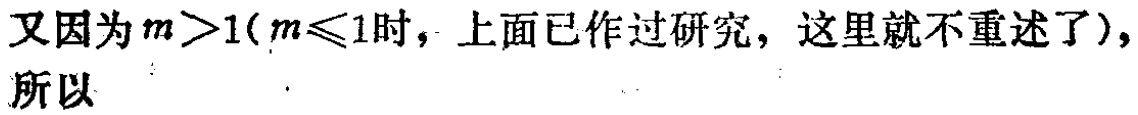
又因为\(m>1\)（\(m\leqslant1\)时，上面已作过研究，这里就不重述了），所以